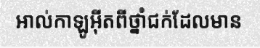
អាល់កាឡូអ៊ីតពីថ្នាំជក់ដែលមាន